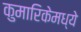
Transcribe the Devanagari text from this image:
कुमारिकेमध्ये